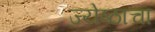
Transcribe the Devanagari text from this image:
ज्येष्ठाचा